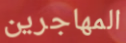
المهاجرين